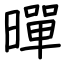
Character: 暺